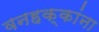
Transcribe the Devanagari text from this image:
वनहक्कांना